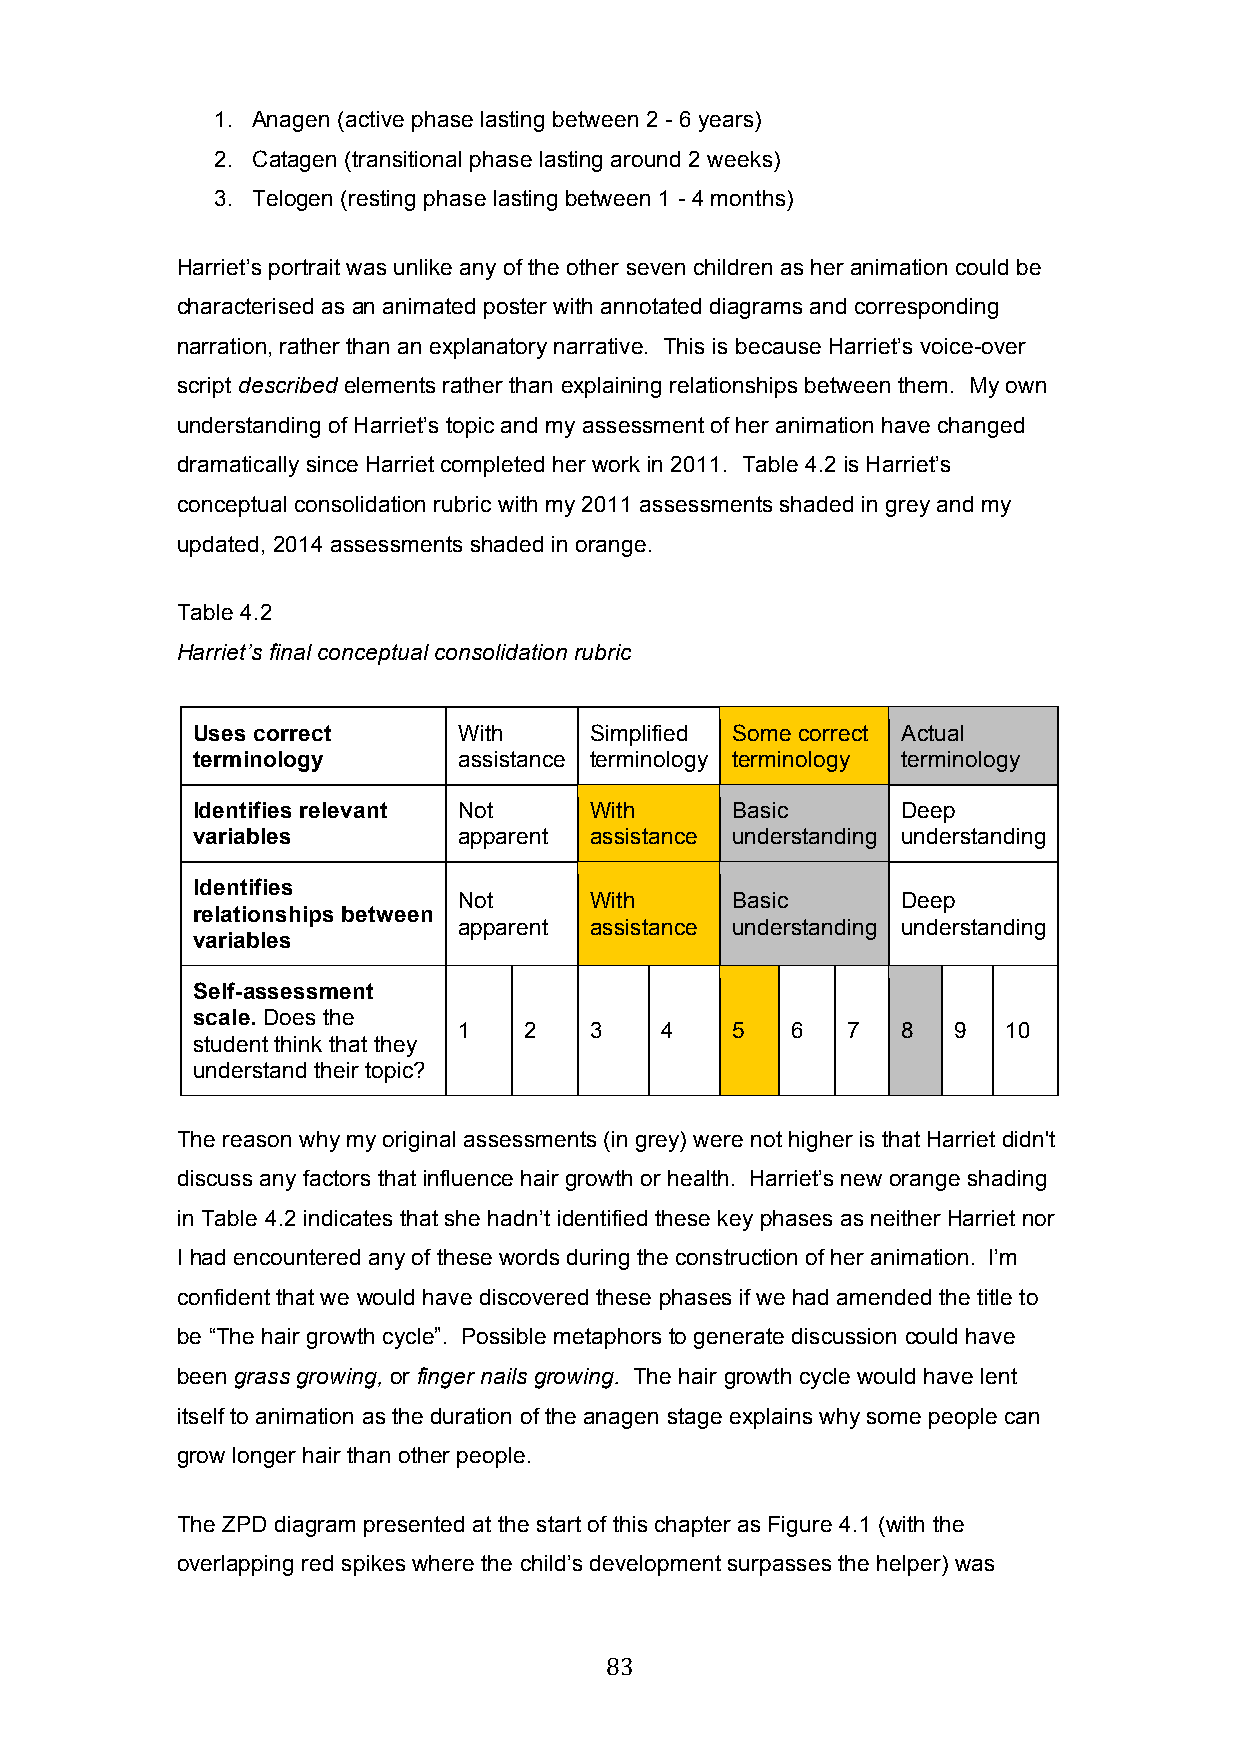
1. Anagen (active phase lasting between 2 - 6 years)
 2. Catagen (transitional phase lasting around 2 weeks)
 3. Telogen (resting phase lasting between 1 - 4 months)
 Harriet’s portrait was unlike any of the other seven children as her animation could be
 characterised as an animated poster with annotated diagrams and corresponding
 narration, rather than an explanatory narrative. This is because Harriet’s voice-over
 script described elements rather than explaining relationships between them. My own
 understanding of Harriet’s topic and my assessment of her animation have changed
 dramatically since Harriet completed her work in 2011. Table 4.2 is Harriet’s
 conceptual consolidation rubric with my 2011 assessments shaded in grey and my
 updated, 2014 assessments shaded in orange.
 Table 4.2
 Harriet’s final conceptual consolidation rubric
 Uses correct     With     Simplified Some correct Actual
 terminology      assistance terminology terminology terminology
 Identifies relevant Not   With     Basic       Deep
 variables        apparent assistance understanding understanding
 Identifies
 Not      With     Basic       Deep
 relationships between
 apparent assistance understanding understanding
 variables
 Self-assessment
 scale. Does the
 1    2   3    4   5   6   7   8  9  10
 student think that they
 understand their topic?
 The reason why my original assessments (in grey) were not higher is that Harriet didn't
 discuss any factors that influence hair growth or health. Harriet’s new orange shading
 in Table 4.2 indicates that she hadn’t identified these key phases as neither Harriet nor
 I had encountered any of these words during the construction of her animation. I’m
 confident that we would have discovered these phases if we had amended the title to
 be “The hair growth cycle”. Possible metaphors to generate discussion could have
 been grass growing, or finger nails growing. The hair growth cycle would have lent
 itself to animation as the duration of the anagen stage explains why some people can
 grow longer hair than other people.
 The ZPD diagram presented at the start of this chapter as Figure 4.1 (with the
 overlapping red spikes where the child’s development surpasses the helper) was
 83